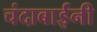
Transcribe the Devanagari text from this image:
चंदाबाईंनी